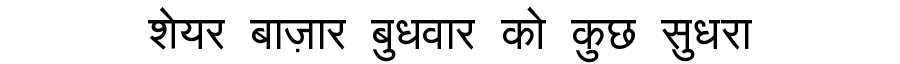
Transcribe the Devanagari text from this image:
शेयर बाज़ार बुधवार को कुछ सुधरा